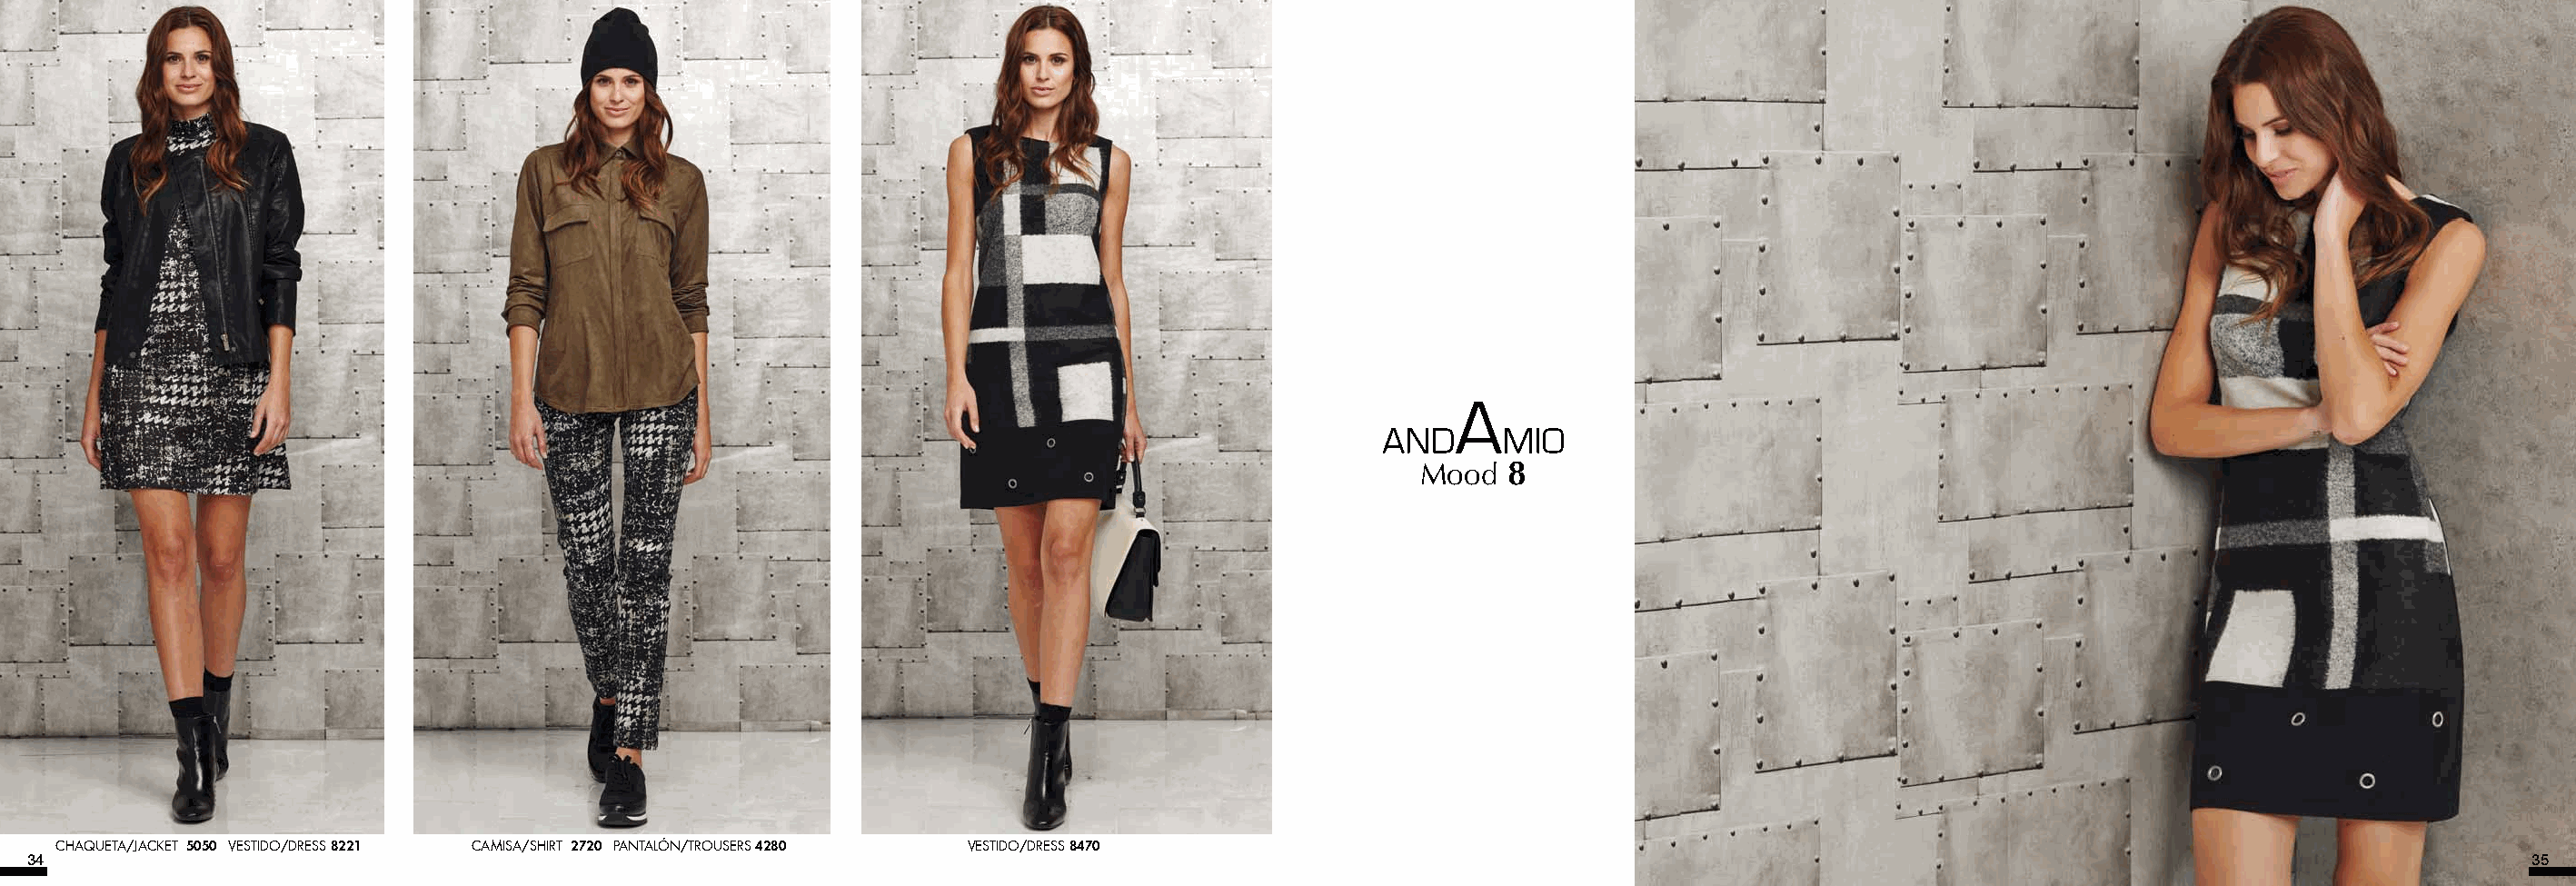
Mood   8
 CHAQUETA/JACKET 5050 VESTIDO/DRESS 8221 CAMISA/SHIRT 2720 PANTALÓN/TROUSERS 4280 VESTIDO/DRESS 8470
 34                                                                                                                                                                                    35